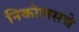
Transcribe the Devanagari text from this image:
निकोलसचे